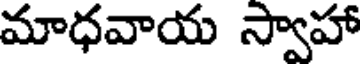
మాధవాయ స్వాహా